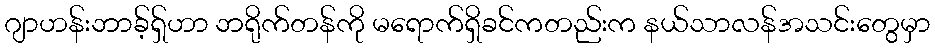
ဂျာဟန်းဘာခ့်ရှ်ဟာ ဘရိုက်တန်ကို မရောက်ရှိခင်ကတည်းက နယ်သာလန်အသင်းတွေမှာ